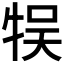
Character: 𤙬